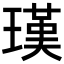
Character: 𤨢